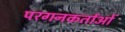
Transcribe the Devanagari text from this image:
परगनकर्ताओं